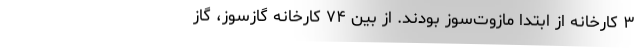
۳ کارخانه از ابتدا مازوت‌سوز بودند. از بین ۷۴ کارخانه گازسوز، گاز